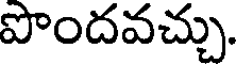
పొందవచ్చు.